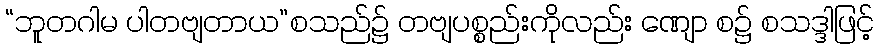
“ဘူတဂါမ ပါတဗျတာယ”စသည်၌ တဗျပစ္စည်းကိုလည်း ဏျော စ၌ စသဒ္ဒါဖြင့်